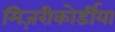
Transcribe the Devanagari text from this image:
मिज़रीकोर्डीया